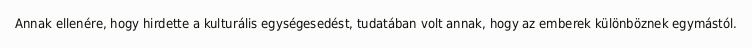
Annak ellenére, hogy hirdette a kulturális egységesedést, tudatában volt annak, hogy az emberek különböznek egymástól.